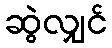
ဆွဲလျှင်